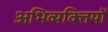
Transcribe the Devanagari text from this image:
अभिव्यक्‍तियों